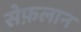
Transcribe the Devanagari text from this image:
सेफ़लान